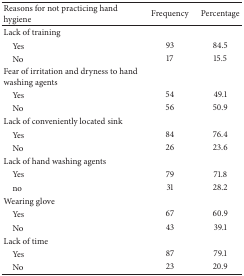
<table><thead><tr><td><b>Reasons for not practicing hand hygiene </b></td><td><b>Frequency </b></td><td><b>Percentage </b></td></tr></thead><tbody><tr><td>Lack of training</td><td> </td><td> </td></tr><tr><td> Yes</td><td>93</td><td>84.5</td></tr><tr><td> No</td><td>17</td><td>15.5</td></tr><tr><td>Fear of irritation and dryness to hand washing agents</td><td> </td><td> </td></tr><tr><td> Yes</td><td>54</td><td>49.1</td></tr><tr><td> No</td><td>56</td><td>50.9</td></tr><tr><td>Lack of conveniently located sink</td><td> </td><td> </td></tr><tr><td> Yes</td><td>84</td><td>76.4</td></tr><tr><td> No</td><td>26</td><td>23.6</td></tr><tr><td>Lack of hand washing agents</td><td> </td><td> </td></tr><tr><td> Yes</td><td>79</td><td>71.8</td></tr><tr><td> no</td><td>31</td><td>28.2</td></tr><tr><td>Wearing glove</td><td> </td><td> </td></tr><tr><td> Yes</td><td>67</td><td>60.9</td></tr><tr><td> No</td><td>43</td><td>39.1</td></tr><tr><td>Lack of time</td><td> </td><td> </td></tr><tr><td> Yes</td><td>87</td><td>79.1</td></tr><tr><td> No</td><td>23</td><td>20.9</td></tr></tbody></table>